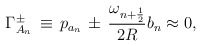
\begin{align*}\Gamma_{A_{n}}^{\pm}\,\equiv\,p_{a_{n}}\,\pm \,\frac{\omega_{n + \frac{1}{2}}}{2R} b_{n} \approx 0,\end{align*}